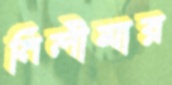
নিলীমার